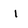
Character: I